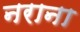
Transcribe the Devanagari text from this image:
नराना